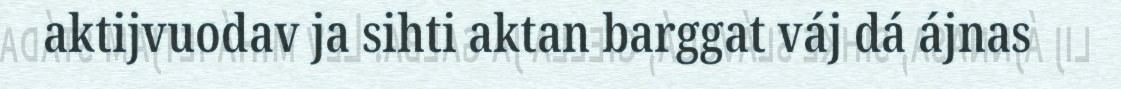
aktijvuodav ja sihti aktan barggat váj dá ájnas